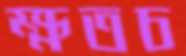
ক্ষতচ